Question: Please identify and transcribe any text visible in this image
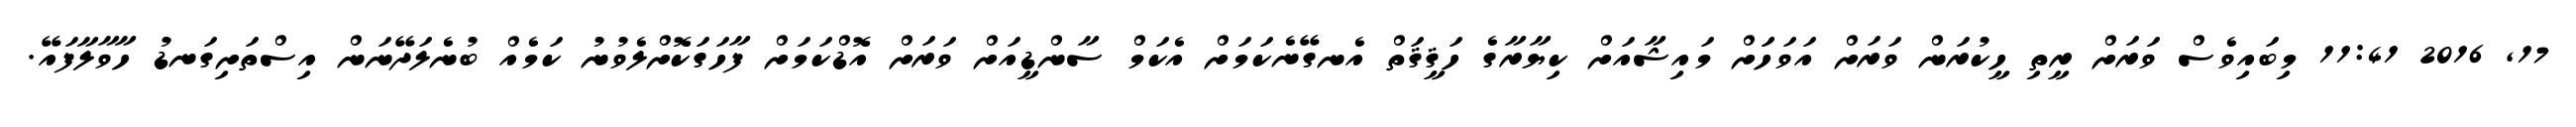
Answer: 17, 2016 11:41 މިބައިވެސް ވަރަށް ރީތި ހީކުރަން ވަރަށް އަވަހަަށް މައިޝާއަށް ކިޔާރާގެ ހަޤީޤަތް އެނގޭނެކަމަށް އެކަމް ސާންޑީއަށް ވަރަށް އޮޑްކަމަށް ފާހަގަކޮށްލެވުނު ކަމެއް ބުނެލަދޭނަން އިސްތަށިގަނޑު ހާވާލާފައޭ.